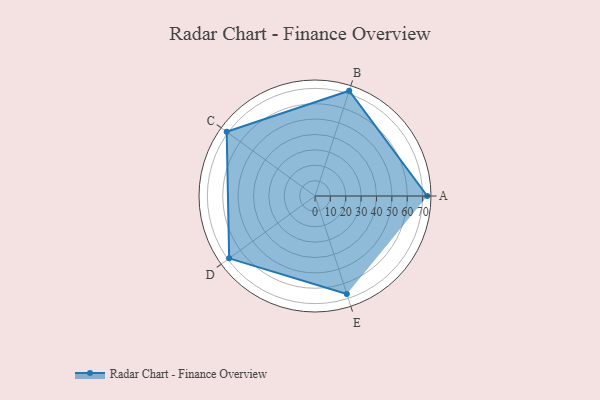
{"axis": {"x": "Skill", "y": "Score"}, "legend": ["Profile"], "data": [{"x": "A", "y": 73.0, "type": "Profile"}, {"x": "B", "y": 72.0, "type": "Profile"}, {"x": "C", "y": 71.0, "type": "Profile"}, {"x": "D", "y": 69.0, "type": "Profile"}, {"x": "E", "y": 67.0, "type": "Profile"}]}